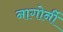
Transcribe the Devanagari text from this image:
नागोर्नी